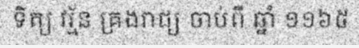
ទិត្យ វរ្ម័ន គ្រងរាជ្យ ចាប់ពី ឆ្នាំ ១១៦៥